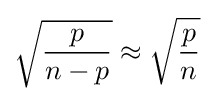
{\sqrt {p \over n-p}}\approx {\sqrt {p \over n}}